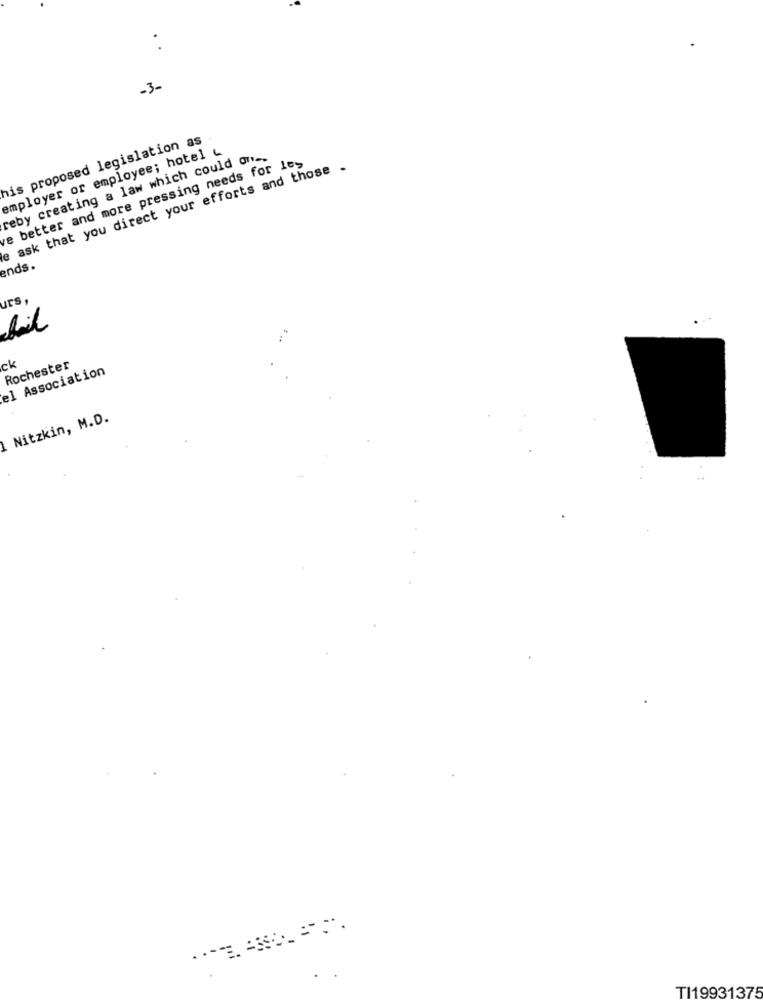
..
-3-
his proposed legislation as
employer or employee; hotel &
reby creating a law which could one,
e better and more pressing needs for les
e ask that you direct your efforts and those .
ends.
urs
ck
Rochester
el Association
Nitzkin, M.D.
.
TI19931375